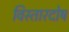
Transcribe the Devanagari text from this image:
विस्तारदोष